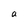
Character: a